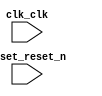

module audio_nios (
	clk_clk,
	reset_reset_n);	

	input		clk_clk;
	input		reset_reset_n;
endmodule